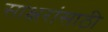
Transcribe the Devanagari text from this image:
साक्षरांसाठी